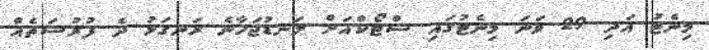
މިނެޓު އަދި 29 ވަނަ މިނެޓުގައި ސްޓޯކްއަށް ލަނޑުޖަހާނެ ރަނގަޅު ދެ ފުރުސަތެއް